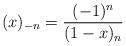
LaTeX: \begin{align*}(x)_{-n} = \frac{(-1)^{n}}{(1-x)_{n}} \end{align*}